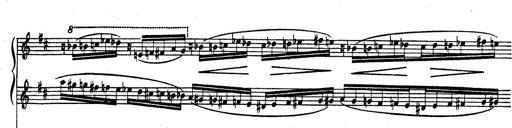
Title: Rhapsodie espagnole
Composer: Franz Liszt